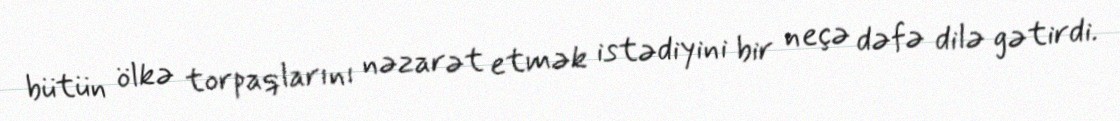
bütün ölkə torpaqlarını nəzarət etmək istədiyini bir neçə dəfə dilə gətirdi.